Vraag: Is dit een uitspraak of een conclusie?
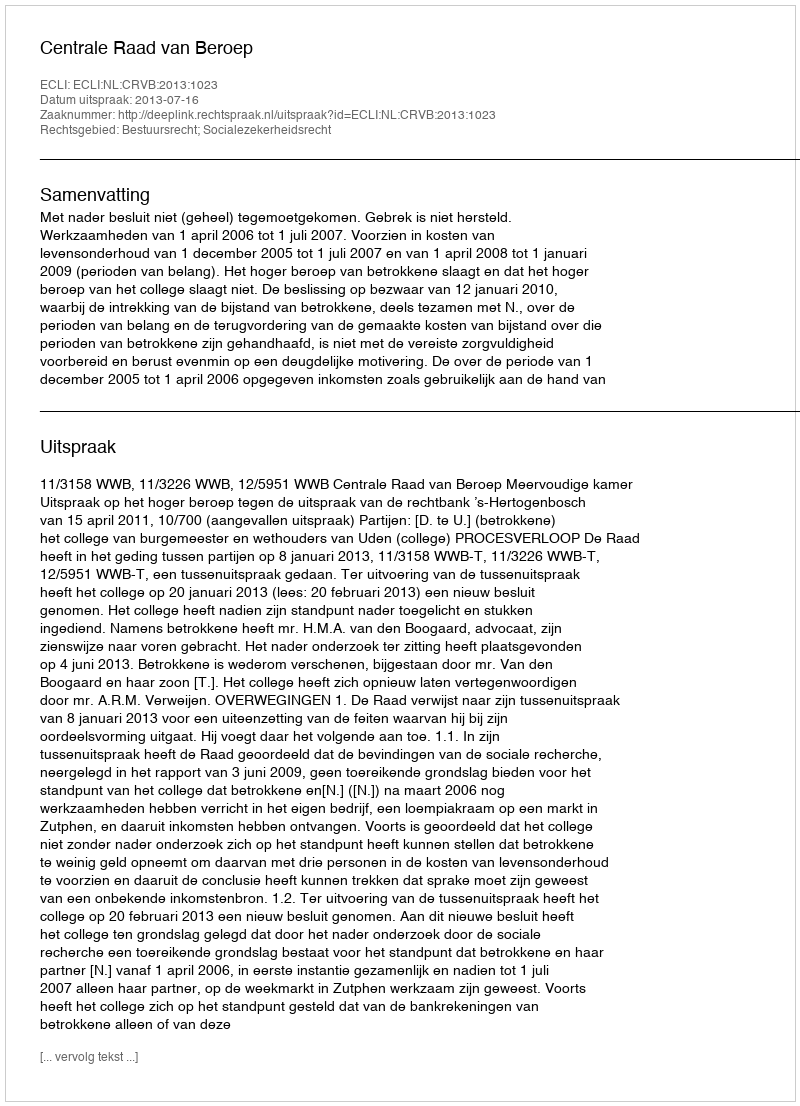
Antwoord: Uitspraak